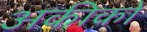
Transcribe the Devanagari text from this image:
अकीको